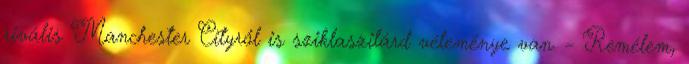
rivális Manchester Cityről is sziklaszilárd véleménye van. – Remélem,